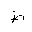
Letter: _da